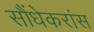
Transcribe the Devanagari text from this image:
सौंधेकरांस